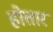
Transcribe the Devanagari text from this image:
होतारं